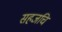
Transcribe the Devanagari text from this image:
सहजचि